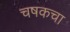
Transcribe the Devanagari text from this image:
चषकचा